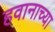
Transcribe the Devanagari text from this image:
हवानाच्या